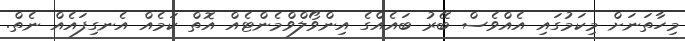
މިހާތަނަށް މިކަމުގައި އެއްވެސް ބޭރު ބައެއްގެ އިންވޯލްވްމެންޓެއް އޮތް ކަމެއް އެނގިފައެއް ނެތް.